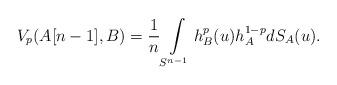
LaTeX: \begin{align*}V_p(A[n-1],B)=\frac{1}{n} \int\limits_{S^{n-1}} h^p_B(u)h_A^{1-p} dS_A(u).\end{align*}